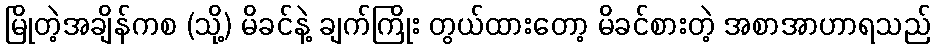
မြိုတဲ့အချိန်ကစ (သို့) မိခင်နဲ့ ချက်ကြိုး တွယ်ထားတော့ မိခင်စားတဲ့ အစာအာဟာရသည်